Reports on dispensaries and lunatic asylums in the Province of Oudh - 1869-1876
Year: 1869
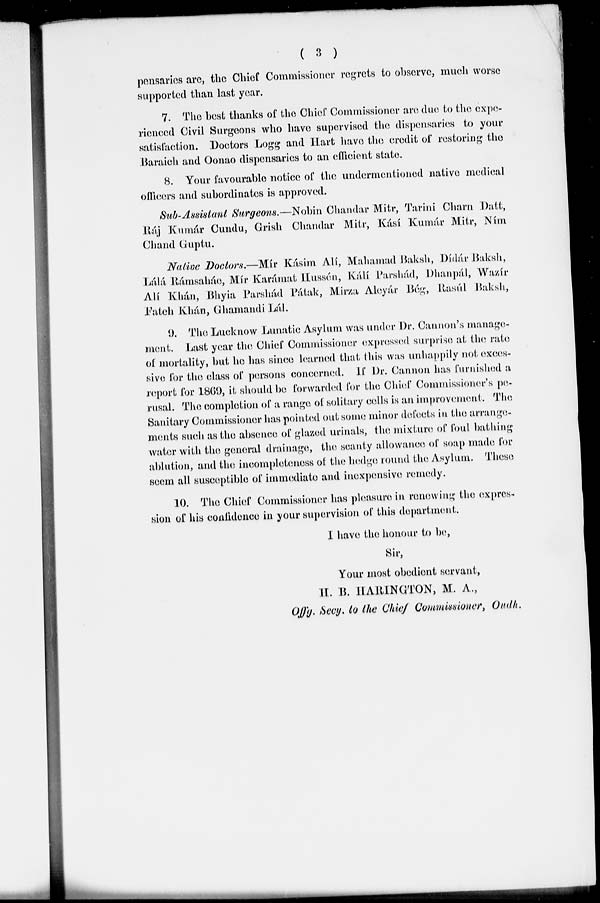
( 3 )
pensaries are, the Chief Commissioner regrets to observe, much worse
supported than last year.
7. The best thanks of the Chief Commissioner are due to the expe-
rienced Civil Surgeons who have supervised the dispensaries to your
satisfaction. Doctors Logg and Hart have the credit of restoring the
Baraich and Oonao dispensaries to an efficient state.
8. Your favourable notice of the undermentioned native medical
officers and subordinates is approved.
Sub-Assistant Surgeons.—Nobin Chandar Mitr, Tarini Charn Datt,
Ráj Kumár Cundu, Grish Chandar Mitr, Kásí Kumár Mitr, Ním
Chand Guptu.
Native Doctors.—Mír Kásim Alí, Mahamad Baksh, Dídár Baksh,
Lálá Rámsaháe, Mír Karámat Hussén, Kálí Parshád, Dhanpál, Wazír
Alí Khán, Bhyia Parshád Pátak, Mirza Aleyár Bég, Rasúl Baksh,
Fateh Khán, Ghamandi Lál.
9. The Lucknow Lunatic Asylum was under Dr. Cannon's manage-
ment. Last year the Chief Commissioner expressed surprise at the rate
of mortality, but he has since learned that this was unhappily not exces-
sive for the class of persons concerned. If Dr. Cannon has furnished a
report for 1869, it should be forwarded for the Chief Commissioner's pe-
rusal. The completion of a range of solitary cells is an improvement. The
Sanitary Commissioner has pointed out some minor defects in the arrange-
ments such as the absence of glazed urinals, the mixture of foul bathing
water with the general drainage, the scanty allowance of soap made for
ablution, and the incompleteness of the hedge round the Asylum. These
seem all susceptible of immediate and inexpensive remedy.
10. The Chief Commissioner has pleasure in renewing the expres-
sion of his confidence in your supervision of this department.
I have the honour to be,
Sir,
Your most obedient servant,
H. B. HARINGTON, M. A.,
Offg. Secy. to the Chief Commissioner, Oudh.